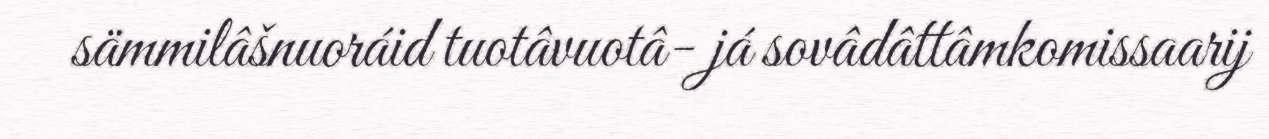
sämmilâšnuoráid tuotâvuotâ- já sovâdâttâmkomissaarij